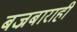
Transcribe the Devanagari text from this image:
बज्रबाराही